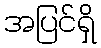
အပြင်ရှိ